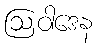
ဩဝါဒေန